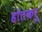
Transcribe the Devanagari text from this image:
होतकरु